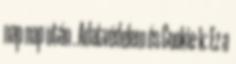
nap nap után . Adatvédelem és Cookie-k: Ez a